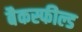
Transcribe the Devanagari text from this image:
बैकस्फील्ड